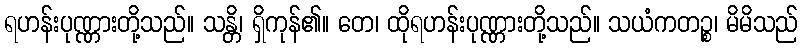
ရဟန်းပုဏ္ဏားတို့သည်။ သန္တိ၊ ရှိကုန်၏။ တေ၊ ထိုရဟန်းပုဏ္ဏားတို့သည်။ သယံကတဉ္စ၊ မိမိသည်